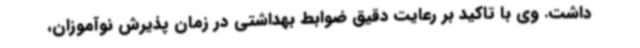
داشت. وی با تاکید بر رعایت دقیق ضوابط بهداشتی در زمان پذیرش نوآموزان،